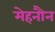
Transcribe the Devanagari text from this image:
मेहनौन